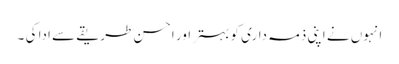
انہوں نے اپنی ذمہ داری کو بہتر اور احسن طریقے سے ادا کی ۔